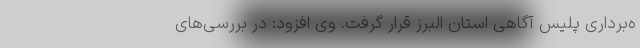
ه‌برداری پلیس آگاهی استان البرز قرار گرفت. وی افزود: در بررسی‌های